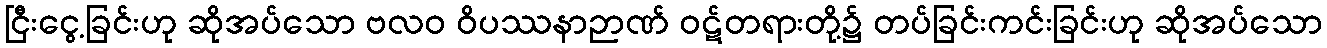
ငြီးငွေ့ခြင်းဟု ဆိုအပ်သော ဗလဝ ဝိပဿနာဉာဏ် ဝဋ်တရားတို့၌ တပ်ခြင်းကင်းခြင်းဟု ဆိုအပ်သော